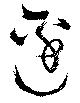
邊